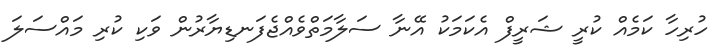
ހުރިހާ ކަމެއް ކުރީ ޝަރީފް އެކަމަކު އޭނާ ސަލާމަތްވެއްޖެފަނޑިޔާރުން ވަކި ކުރި މައްސަލަ